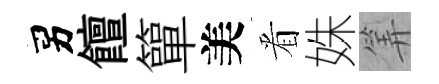
男饘簞美㸔姝筭